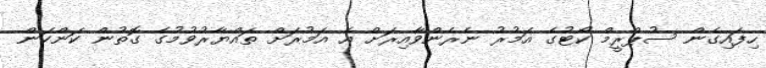
ހިފައިގެން ސުޕްރީމް ކޯޓުގެ އަމުރު ނެރެންވާއިރަށް އެ އަމުރަށް ތައްޔާރުވުމުގެ ގޮތުން ކަންކަން